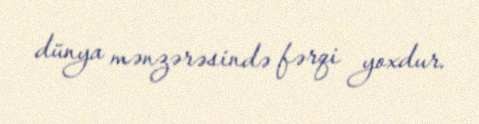
dünya mənzərəsində fərqi yoxdur.